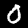
Digit: 0